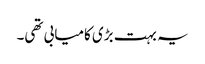
یہ بہت بڑی کامیابی تھی۔